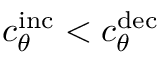
c _ { \theta } ^ { \mathrm { i n c } } < c _ { \theta } ^ { \mathrm { d e c } }